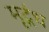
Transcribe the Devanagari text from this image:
मृद्गंध